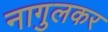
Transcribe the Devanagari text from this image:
नागुलकर